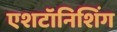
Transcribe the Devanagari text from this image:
एशटॉनिशिंग